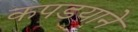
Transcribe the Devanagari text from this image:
कपडयाने